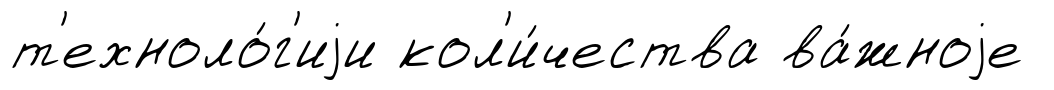
т'ехноло́г'иjи кол'и́чества ва́жноjе